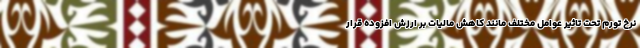
نرخ تورم تحت تاثیر عوامل مختلف مانند کاهش مالیات بر ارزش افزوده قرار